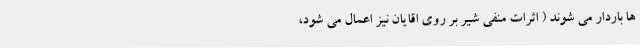
ها باردار می شوند ( اثرات منفی شیر بر روی اقایان نیز اعمال می شود،